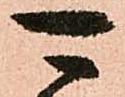
可